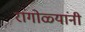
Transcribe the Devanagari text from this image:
रांगोळ्यांनी